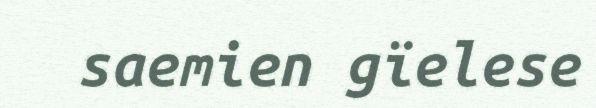
saemien gïelese